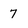
Character: 7